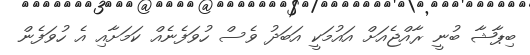
ބިޕާޝާ ބުނީ ރާއްޖެއަށް އައުމަކީ އަބަދު ވެސް ހުވަފެނެއް ކަމަށާއި އެ ހުވަފެން